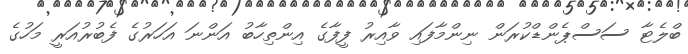
ބްލެޓާ ސަސްޕެންޑްކުރަން ނިންމާފައި ވާއިރު ފީފާގެ އިންތިހާބު އަންނަ އަހަރުގެ ފެބުރުއަރީ މަހުގެ